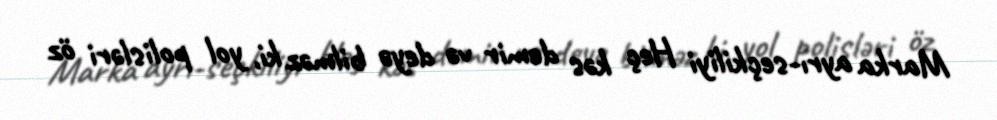
Marka ayrı-seçkiliyi Heç kəs demir və deyə bilməz ki, yol polisləri öz